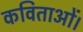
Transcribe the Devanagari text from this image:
कविताओं।